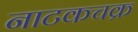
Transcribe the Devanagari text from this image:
नाटकचक्र